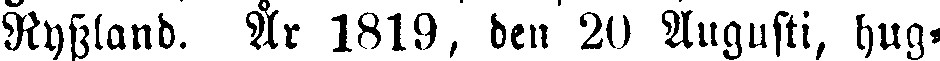
Ryssland. År 1819, den 20 Augusti, hug.